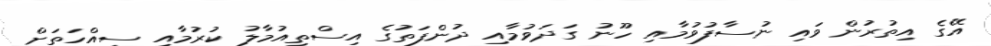
އޭގެ އިތުރުން ވައި ނުސާފުވުމާއި ހޫނު ގަދަވުމާއި ދުންފަތުގެ އިސްތިއުމާލު ކުރުމާއި ސިއްހަތަށް